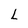
Character: L